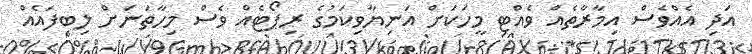
އަދި އެއްވެސް އިމާރާތެއް ވެއްޓި މީހަކަށް އަނިޔާވިކަމުގެ ރިޕޯޓެއް ވެސް މިހާތަނަށް ލިބިފައެއް